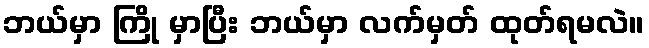
ဘယ်မှာ ကြို မှာပြီး ဘယ်မှာ လက်မှတ် ထုတ်ရမလဲ။